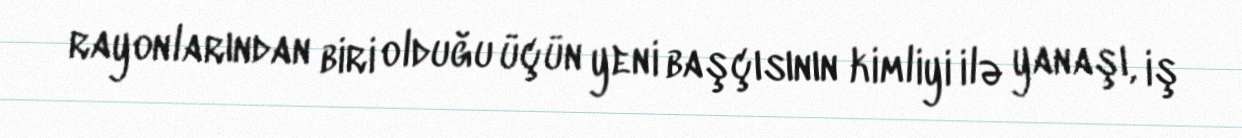
rayonlarından biri olduğu üçün yeni başçısının kimliyi ilə yanaşı, iş